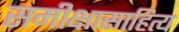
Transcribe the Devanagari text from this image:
समीक्षासाहित्य